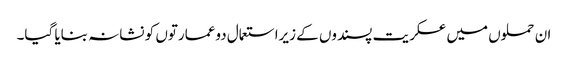
ان حملوں میں عسکریت پسندوں کے زیراستعمال دوعمارتوں کو نشانہ بنایا گیا۔